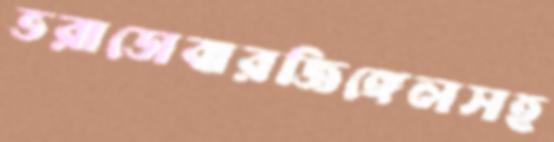
ভরাডোবারজিঙ্গেলসহ